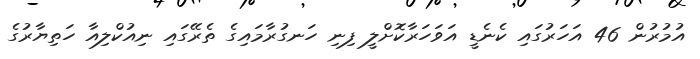
އުމުރުން 46 އަހަރުގައި ކެނެޑީ އަވަހަރާކޮށްލީ ފިނި ހަނގުރާމައިގެ ތެރޭގައި ނިއުކްލިއާ ހަތިޔާރުގެ